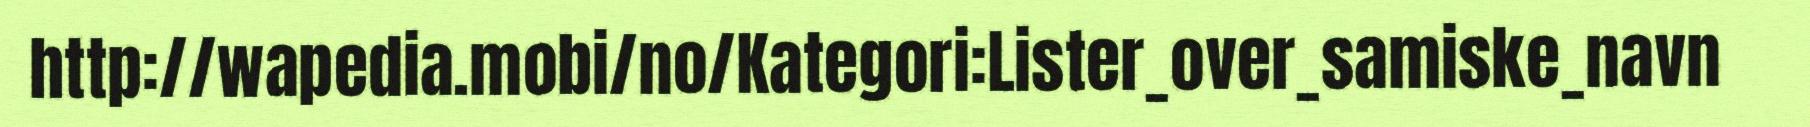
http://wapedia.mobi/no/Kategori:Lister_over_samiske_navn